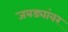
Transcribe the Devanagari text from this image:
जबड्यांवर